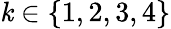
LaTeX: \mathit{k}\in\left\{ 1,2,3,4\right\}